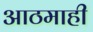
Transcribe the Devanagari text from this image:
आठमाही